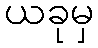
ယခုမှ